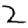
Digit: 2